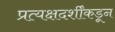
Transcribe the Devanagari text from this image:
प्रत्यक्षदर्शींकडून